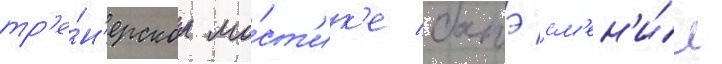
тр'е́н'ерском мо́ст'ик'е батэ см'ен'и́л